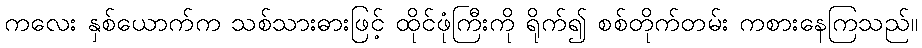
ကလေး နှစ်ယောက်က သစ်သားဓားဖြင့် ထိုင်ဖုံကြီးကို ရိုက်၍ စစ်တိုက်တမ်း ကစားနေကြသည်။